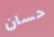
حسان